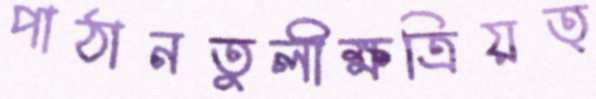
পাঠানতুলীক্ষত্রিয়ত্